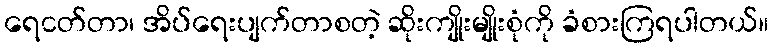
ရေငတ်တာ၊ အိပ်ရေးပျက်တာစတဲ့ ဆိုးကျိုးမျိုးစုံကို ခံစားကြရပါတယ်။